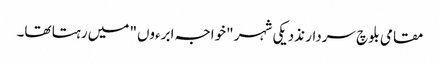
مقامی بلوچ سردار نذدیکی شہر "خواجہ ابرءوں" میں رہتا تھا۔